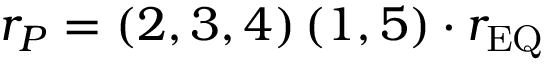
r _ { P } = \left( 2 , 3 , 4 \right) \left( 1 , 5 \right) \cdot r _ { \mathrm { E Q } }